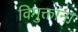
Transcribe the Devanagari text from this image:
विमुक्तांना